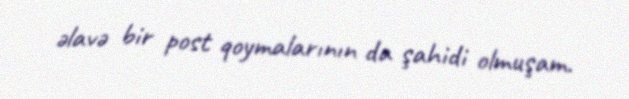
əlavə bir post qoymalarının da şahidi olmuşam.